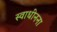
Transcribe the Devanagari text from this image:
स्वाधीनना